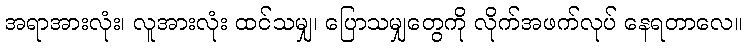
အရာအားလုံး၊ လူအားလုံး ထင်သမျှ၊ ပြောသမျှတွေကို လိုက်အဖက်လုပ် နေရတာလေ။